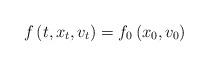
LaTeX: \begin{align*}f\left( t,x_{t},v_{t}\right) =f_{0}\left( x_{0},v_{0}\right)\end{align*}